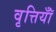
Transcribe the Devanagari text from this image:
वृत्तियॉँ